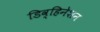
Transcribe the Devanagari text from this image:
डिव्हिनेशन